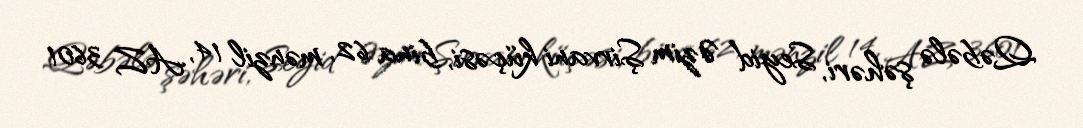
Qəbələ şəhəri, Seyid Əzim Şirvani küçəsi, bina 62, mənzil 14, AZ 3601